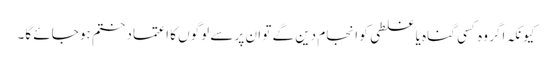
کیونکہ اگر وہ کسی گناہ یا غلطی کو انجام دین گے تو ان پر سے لوگوں کا اعتماد ختم ہو جائے گا۔